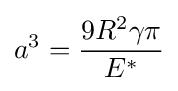
a^{3}={\frac {9R^{2}\gamma \pi }{E^{*}}}